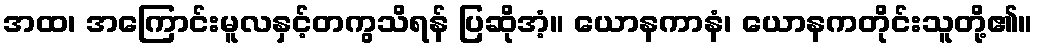
အထ၊ အကြောင်းမူလနှင့်တကွသိရန် ပြဆိုအံ့။ ယောနကာနံ၊ ယောနကတိုင်းသူတို့၏။